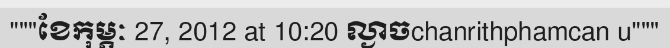
"""ខែកុម្ភៈ 27, 2012 at 10:20 ល្ងាចchanrithphamcan u"""